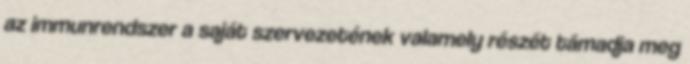
az immunrendszer a saját szervezetének valamely részét támadja meg